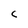
Character: C